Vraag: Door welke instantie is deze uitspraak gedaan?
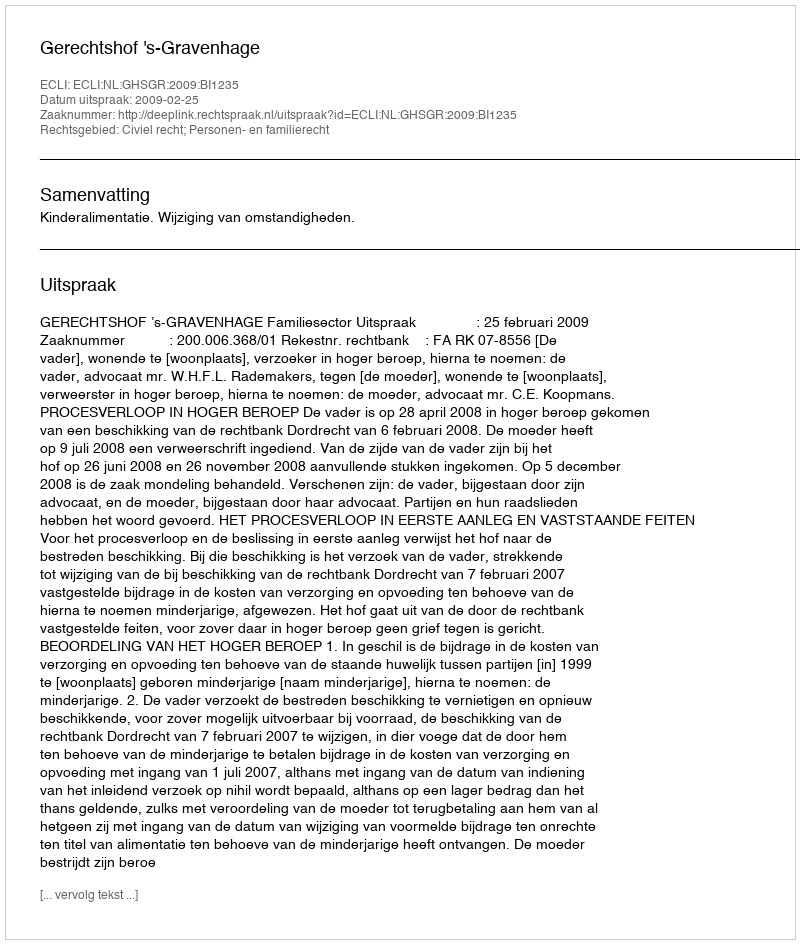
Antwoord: Gerechtshof 's-Gravenhage